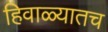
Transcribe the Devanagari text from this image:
हिवाळ्यातच